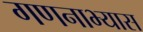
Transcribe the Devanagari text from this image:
गणनाभ्यास